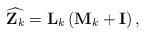
\begin{align*}\widehat{\mathbf{Z}_k} = \mathbf{L}_k\left(\mathbf{M}_k + \mathbf{I} \right),\end{align*}